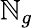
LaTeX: \mathbb{N}_{g}